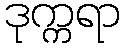
ဒုက္ကရာ